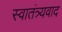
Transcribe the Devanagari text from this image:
स्वातंत्र्यवाद